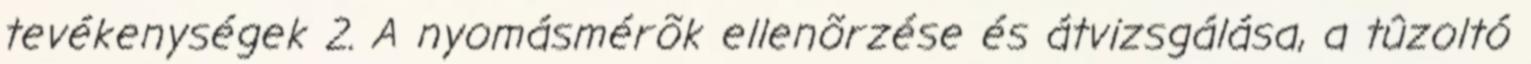
tevékenységek 2. A nyomásmérõk ellenõrzése és átvizsgálása, a tûzoltó